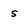
Character: s